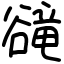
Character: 𧯇